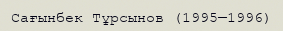
Сағынбек Тұрсынов (1995—1996)